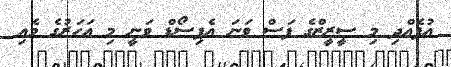
އުފެއްދި މި ސީރީޒްގެ ފަސް ވަނަ އެޕިސޯޑް ވަނީ މި އަހަރުގެ މެއި